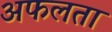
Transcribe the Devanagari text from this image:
अफलता